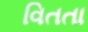
વિતતા